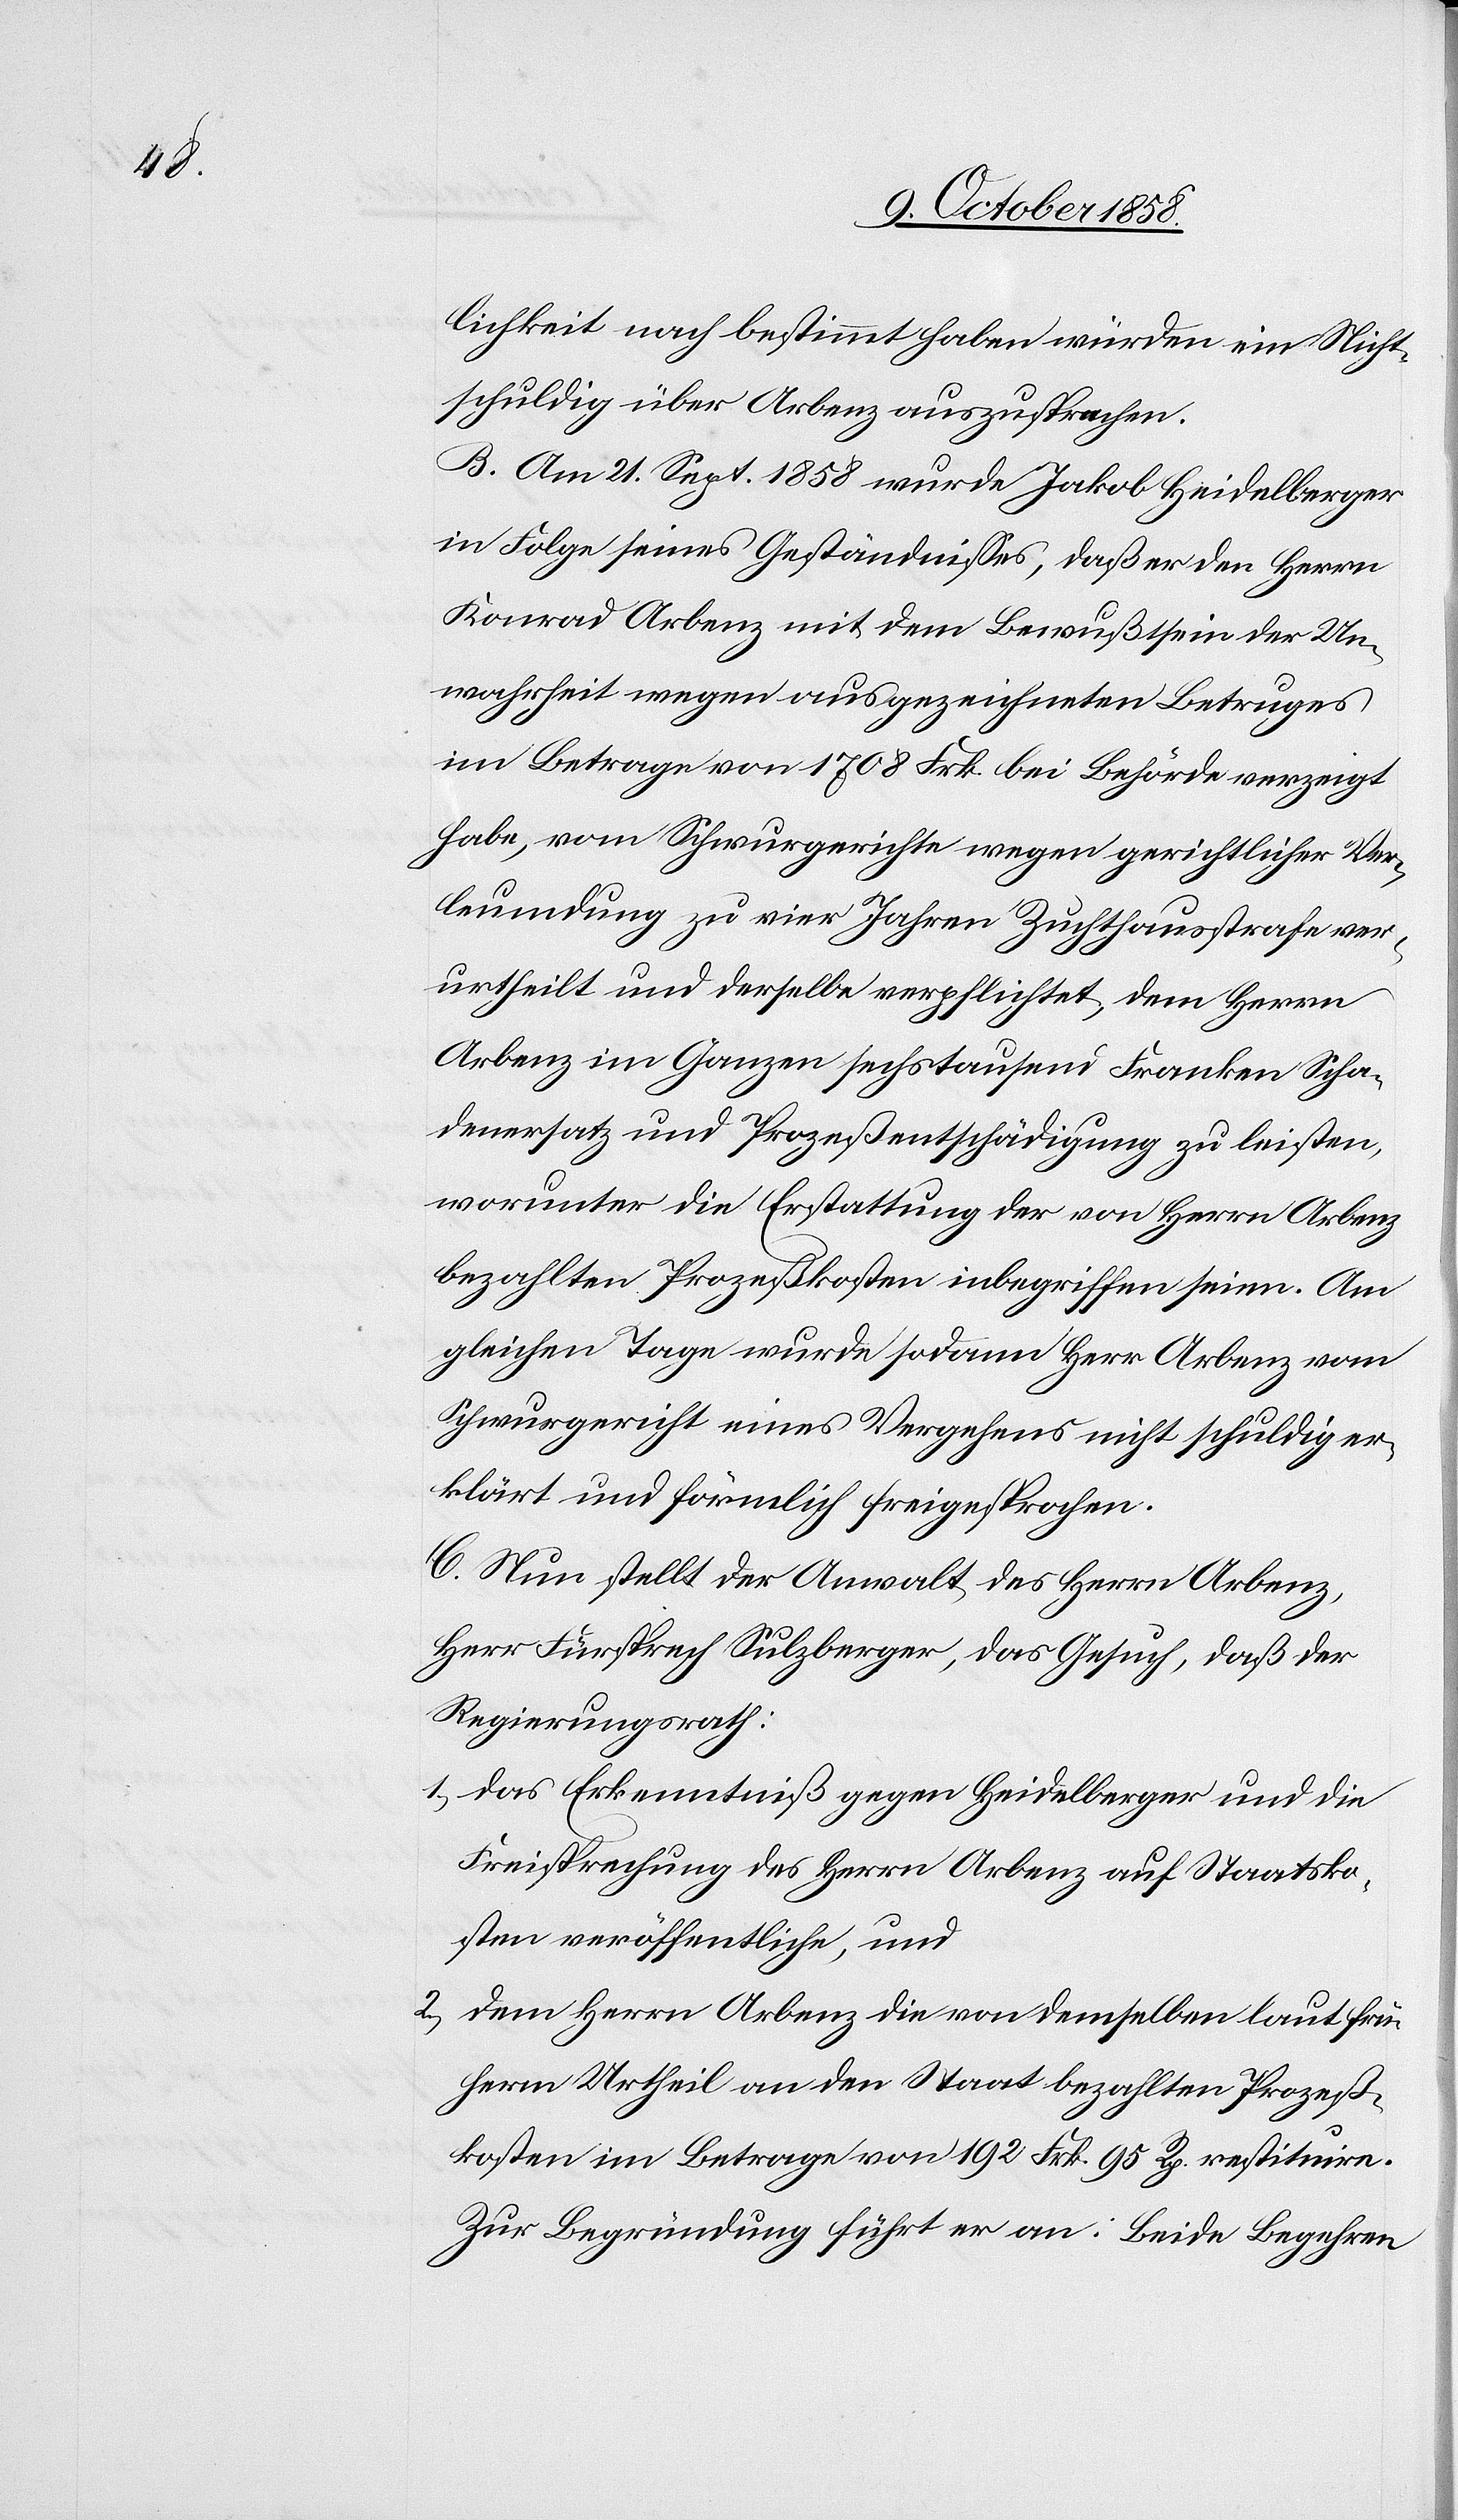
lichkeit nach bestimmt haben würden ein Nicht¬
schuldig über Arbenz auszusprechen.
B. Am 21. Sept. 1858 wurde Jakob Heidelberger
in Folge seines Geständnisses, daß er den Herrn
Konrad Arbenz mit dem Bewußtsein der Un¬
wahrheit wegen ausgezeichneten Betruges
im Betrage von 1708 Frk. bei Behörde verzeigt
habe, vom Schwurgerichte wegen gerichtlicher Ver¬
leumdung zu vier Jahren Zuchthausstrafe ver¬
urtheilt und derselbe verpflichtet, dem Herrn
Arbenz im Ganzen sechstausend Franken Scha¬
denersatz und Prozeßentschädigung zu leisten,
worunter die Erstattung der von Herrn Arbenz
bezahlten Prozeßkosten inbegriffen seien. Am
gleichen Tage wurde sodann Herr Arbenz vom
Schwurgericht eines Vergehens nicht schuldig er¬
klärt und förmlich freigesprochen.
C. Nun stellt der Anwalt des Herrn Arbenz,
Herr Fürsprech Sulzberger, das Gesuch, daß der
Regierungsrath:
das Erkenntniß gegen Heidelberger und die
Freisprechung des Herrn Arbenz auf Staatsko¬
sten veröffentliche, und
dem Herrn Arbenz die von demselben laut frü¬
herm Urtheil an den Staat bezahlten Prozeß¬
kosten im Betrage von 192 Frk. 95 Rp. restituire.
Zur Begründung führt er an: Beide Begehren